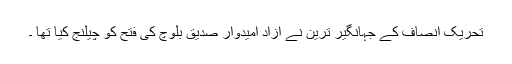
تحریک انصاف کے جہانگیر ترین نے آزاد امیدوار صدیق بلوچ کی فتح کو چیلنج کیا تھا ۔